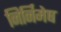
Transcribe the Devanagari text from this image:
निर्निमेष